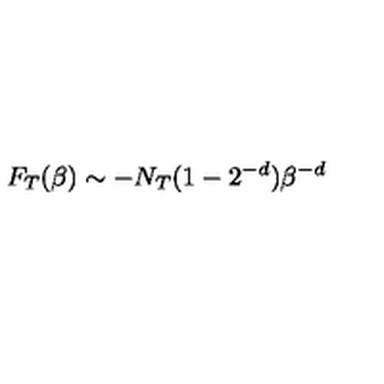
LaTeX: F _ { T } ( \beta ) \sim - N _ { T } ( 1 - 2 ^ { - d } ) \beta ^ { - d }